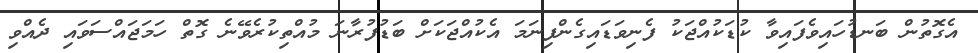
އެގޮތުން ބަނޑުހައިވެފައިވާ ކުޑަކުއްޖަކު ފެނިވަޑައިގެންފިނަމަ އެކުއްޖަކަށް ބަޑުފުރާނަ މުއްތިކުރެވޭނެ ގޮތް ހަމަޖައްސަވައި ދެއްވި